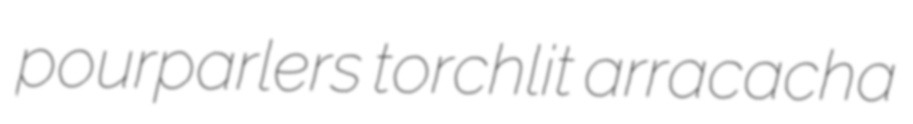
pourparlers torchlit arracacha